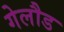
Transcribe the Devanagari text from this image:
गेलौड